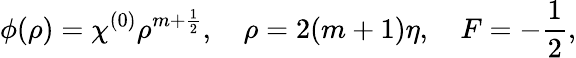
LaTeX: \phi(\rho)=\chi^{(0)}\rho^{m+\frac 12},\quad\rho=2(m+1)\eta,\quad F=-\frac 12,